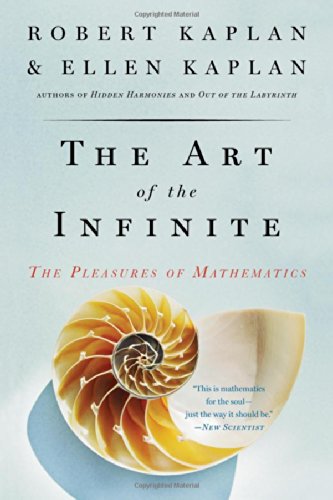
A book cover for The Art of the Infinite: The Pleasures of Mathematics; Robert Kaplan; Science & Math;